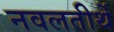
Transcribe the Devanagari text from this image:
नवलतीर्थे